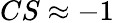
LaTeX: CS\approx-1